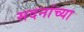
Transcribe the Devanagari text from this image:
सदनांच्या